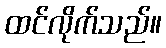
ထင်လိုက်သည်။